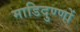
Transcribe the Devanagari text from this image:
माडिदुण्णों